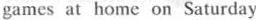
games at home on Saturday